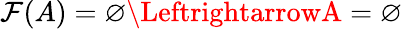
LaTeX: \mathcal{F}(A)=\varnothing\LeftrightarrowA=\varnothing